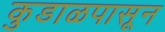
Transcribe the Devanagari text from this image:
कुडाळपासून